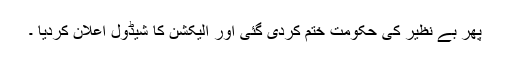
پھر بے نظیر کی حکومت ختم کردی گئی اور الیکشن کا شیڈول اعلان کردیا ۔